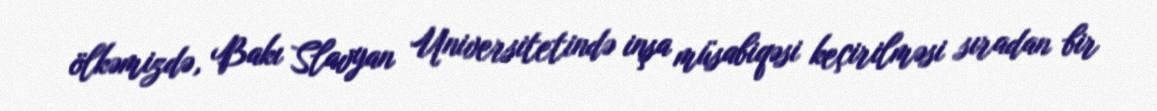
ölkəmizdə, Bakı Slavyan Universitetində inşa müsabiqəsi keçirilməsi sıradan bir